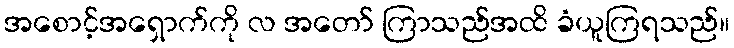
အစောင့်အရှောက်ကို လ အတော် ကြာသည်အထိ ခံယူကြရသည်။